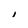
Character: i